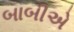
બાબીએ